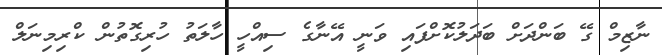
ނާޒިމް ގޭ ބަންދަށް ބަދަލުކޮށްފައި ވަނީ އޭނާގެ ސިއްހީ ހާލަތު ހުރިގޮތުން ކްރިމިނަލް